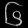
Digit: ၆